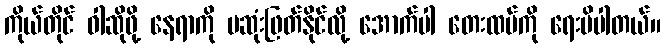
ကိုယ်တိုင် ဝါဆိုဖို့ နေရာကို မဆုံးဖြတ်နိုင်လို့ အောက်ပါ တေးထပ်ကို ရေးမိပါတယ်။